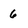
Character: 6